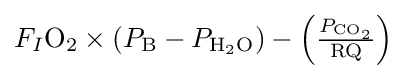
{\textstyle F_{I}{\text{O}}_{2}\times (P_{\text{B}}-P_{{\text{H}}_{2}{\text{O}}})-\left({\frac {P_{{\text{CO}}_{2}}}{\text{RQ}}}\right)}